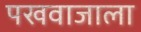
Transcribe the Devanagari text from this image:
पखवाजाला